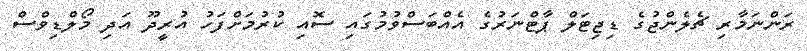
ރަންނަމާރި ޗެލެންޖުގެ ޑިޖިޓަލް ޕާޓްނަރުގެ އެއްބަސްވުމުގައި ސޮއި ކުރުމަށްފަހު އުރީދޫ އަދި މޯލްޑިވްސް